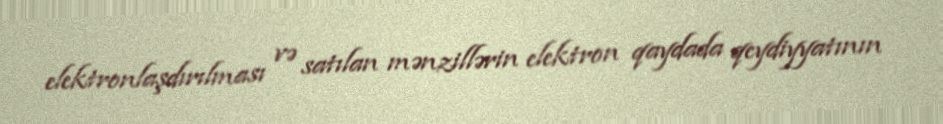
elektronlaşdırılması və satılan mənzillərin elektron qaydada qeydiyyatının